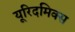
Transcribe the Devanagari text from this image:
यूरिदमिक्स